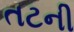
તટની